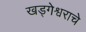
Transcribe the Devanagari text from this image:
खड्गेश्वराचे